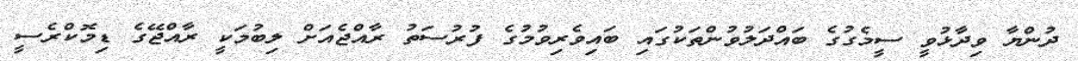
ދުންޔާ ވިދާޅުވީ ސީމެގުގެ ބައްދަލުވުންތަކުގައި ބައިވެރިވުމުގެ ފުރުސަތު ރާއްޖެއަށް ލިބުމަކީ ރާއްޖޭގެ ޑިމޮކްރެސީ